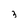
Character: 3